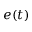
e ( t )